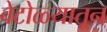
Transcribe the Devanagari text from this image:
वेटोळ्यातून